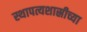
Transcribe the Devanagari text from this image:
स्थापत्यशास्रीच्या